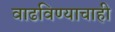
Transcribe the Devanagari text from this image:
वाढविण्याचाही